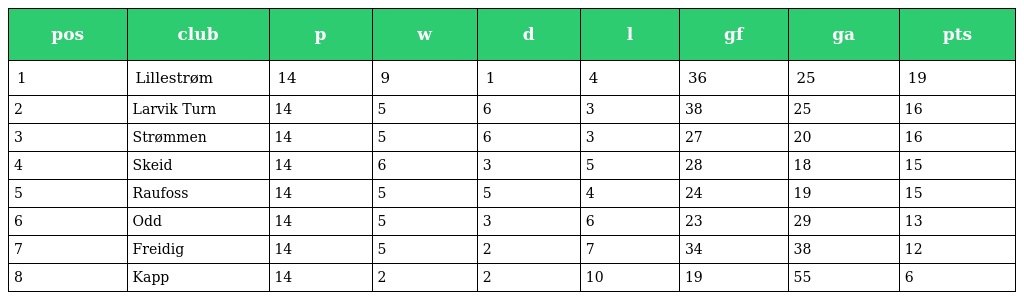
| pos | club | p | w | d | l | gf | ga | pts |
 | --- | --- | --- | --- | --- | --- | --- | --- | --- |
 | 1 | Lillestrøm | 14 | 9 | 1 | 4 | 36 | 25 | 19 |
 | 2 | Larvik Turn | 14 | 5 | 6 | 3 | 38 | 25 | 16 |
 | 3 | Strømmen | 14 | 5 | 6 | 3 | 27 | 20 | 16 |
 | 4 | Skeid | 14 | 6 | 3 | 5 | 28 | 18 | 15 |
 | 5 | Raufoss | 14 | 5 | 5 | 4 | 24 | 19 | 15 |
 | 6 | Odd | 14 | 5 | 3 | 6 | 23 | 29 | 13 |
 | 7 | Freidig | 14 | 5 | 2 | 7 | 34 | 38 | 12 |
 | 8 | Kapp | 14 | 2 | 2 | 10 | 19 | 55 | 6 |